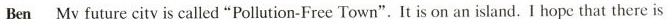
Ben My future city is called"Pollution-Free Town".It is on an island. I hope that there is